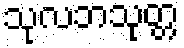
သုလဘသုတ္တ